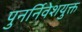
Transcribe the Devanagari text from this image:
पुनर्निवेशयुक्त